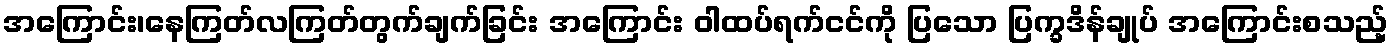
အကြောင်း၊နေကြတ်လကြတ်တွက်ချက်ခြင်း အကြောင်း ဝါထပ်ရက်ငင်ကို ပြသော ပြက္ခဒိန်ချုပ် အကြောင်းစသည့်